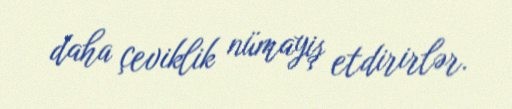
daha çeviklik nümayiş etdirirlər.